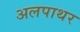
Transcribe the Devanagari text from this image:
अलपाथर